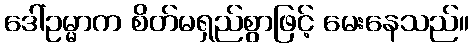
ဒေါ်ဥမ္မာက စိတ်မရှည်စွာဖြင့် မေးနေသည်။